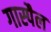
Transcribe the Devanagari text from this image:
गास्पैल